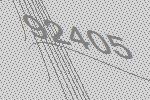
92405